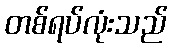
တစ်ရပ်လုံးသည်